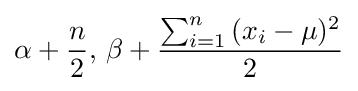
\mathbf {\alpha } +{\frac {n}{2}},\,\mathbf {\beta } +{\frac {\sum _{i=1}^{n}{(x_{i}-\mu )^{2}}}{2}}